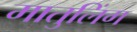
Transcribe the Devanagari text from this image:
मातुलिंग